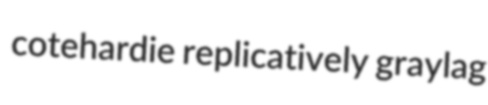
cotehardie replicatively graylag